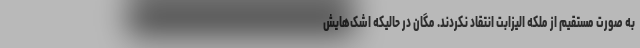
به صورت مستقیم از ملکه الیزابت انتقاد نکردند. مگان در حالیکه اشک‌هایش